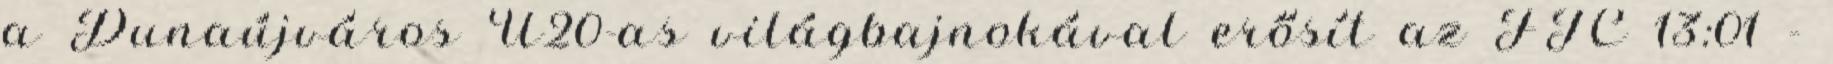
a Dunaújváros U20-as világbajnokával erősít az FTC 13:01 -